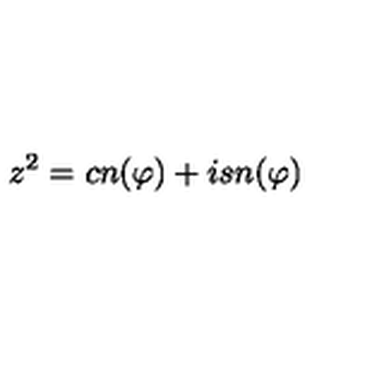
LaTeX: z ^ { 2 } = c n ( \varphi ) + i s n ( \varphi )